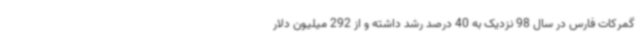
گمرکات فارس در سال 98 نزدیک به 40 درصد رشد داشته و از 292 میلیون دلار